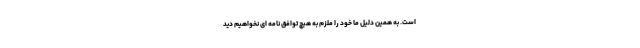
است. به همین دلیل ما خود را ملزم به هیچ توافق نامه ای نخواهیم دید